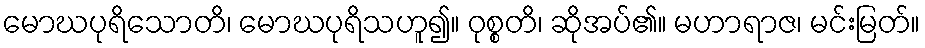
မောဃပုရိသောတိ၊ မောဃပုရိသဟူ၍။ ဝုစ္စတိ၊ ဆိုအပ်၏။ မဟာရာဇ၊ မင်းမြတ်။